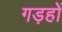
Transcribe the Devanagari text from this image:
गड़हों